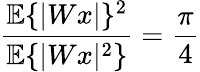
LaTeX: \frac{{\mathbb E}\{ |Wx|\} ^{2}}{{\mathbb E}\{ |Wx|^{2}\} }={\frac\pi{4}}